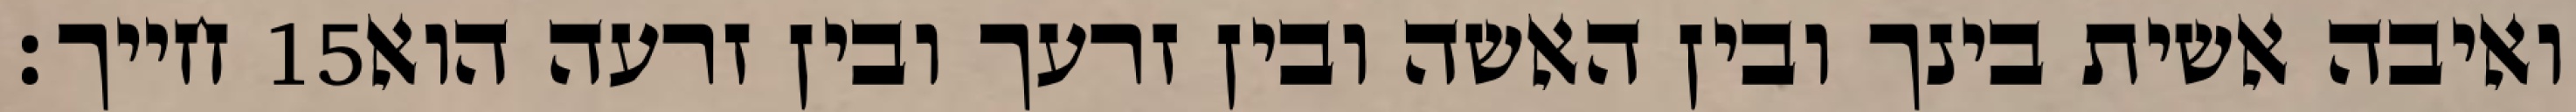
חייך׃ ‎15‏ ואיבה אשית בינך ובין האשה ובין זרעך ובין זרעה הוא